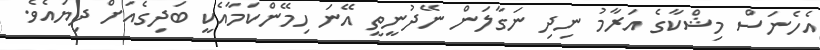
އެހެނަސް މިޝްކާގެ އަރާމު ނިދި ނަގާލަން ނޭދުނީތީ އޭނަ ހިމޭންކަމާއެކީ ބަދިގެއަށް ދިޔައެވެ.